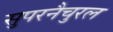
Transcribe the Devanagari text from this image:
सुपरनैचुरल